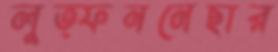
লুত্ফননেছার